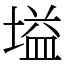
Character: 塧